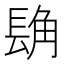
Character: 𮣾